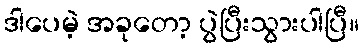
ဒါပေမဲ့ အခုတော့ ပွဲပြီးသွားပါပြီ။